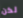
لكن